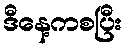
ဒီနေ့ကစပြီး